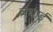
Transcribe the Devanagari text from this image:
वधाई